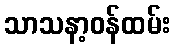
သာသနာ့ဝန်ထမ်း